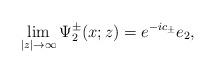
LaTeX: \begin{align*}\lim_{|z|\rightarrow\infty}\Psi^\pm_2(x;z)=e^{-ic_\pm}e_2,\end{align*}